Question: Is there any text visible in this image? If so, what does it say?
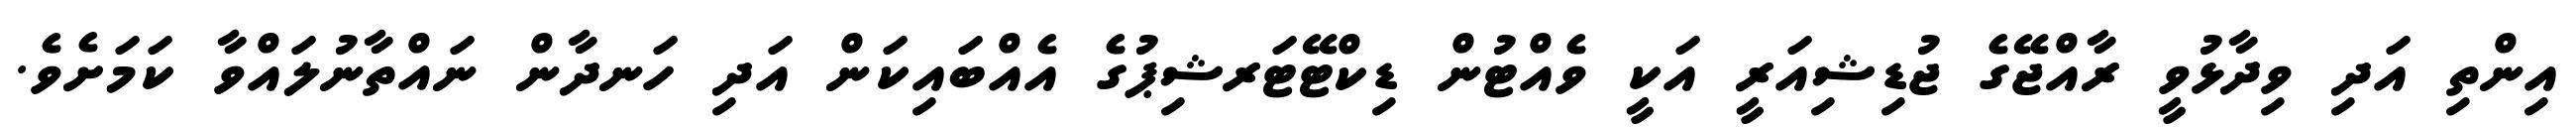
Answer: އިންތި އަދި ވިދާޅުވީ ރާއްޖޭގެ ޖުޑިޝިއަރީ އަކީ ވެއްޓުން ޑިކްޓޭޓަރޝިޕުގެ އެއްބައިކަން އަދި ހަނދާން ނައްތާނުލައްވާ ކަމަށެވެ.